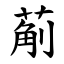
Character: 葪